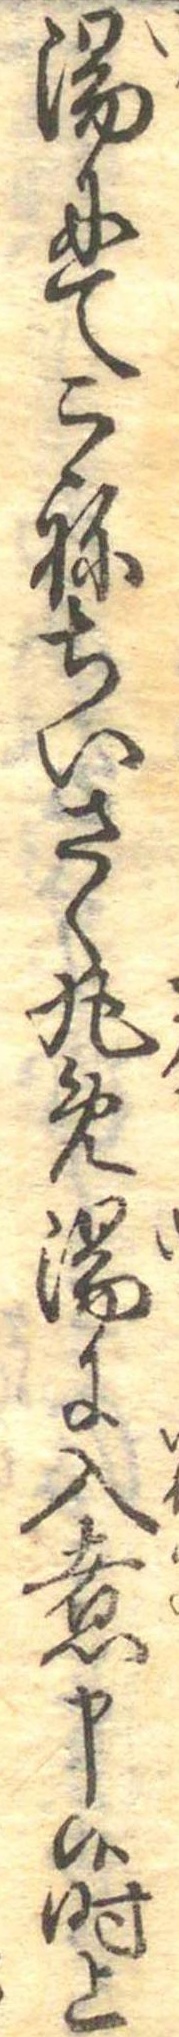
湯にてこねちいさく丸め湯に入煮申候時上